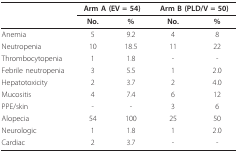
<table><thead><tr><td></td><td colspan="2"><b>Arm A (EV = 54)</b></td><td colspan="2"><b>Arm B (PLD/V = 50)</b></td></tr><tr><td></td><td><b>No.</b></td><td><b>%</b></td><td><b>No.</b></td><td><b>%</b></td></tr></thead><tbody><tr><td>Anemia</td><td>5</td><td>9.2</td><td>4</td><td>8</td></tr><tr><td>Neutropenia</td><td>10</td><td>18.5</td><td>11</td><td>22</td></tr><tr><td>Thrombocytopenia</td><td>1</td><td>1.8</td><td>-</td><td>-</td></tr><tr><td>Febrile neutropenia</td><td>3</td><td>5.5</td><td>1</td><td>2.0</td></tr><tr><td>Hepatotoxicity</td><td>2</td><td>3.7</td><td>2</td><td>4.0</td></tr><tr><td>Mucositis</td><td>4</td><td>7.4</td><td>6</td><td>12</td></tr><tr><td>PPE/skin</td><td>-</td><td>-</td><td>3</td><td>6</td></tr><tr><td>Alopecia</td><td>54</td><td>100</td><td>25</td><td>50</td></tr><tr><td>Neurologic</td><td>1</td><td>1.8</td><td>1</td><td>2.0</td></tr><tr><td>Cardiac</td><td>2</td><td>3.7</td><td>-</td><td>-</td></tr></tbody></table>